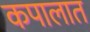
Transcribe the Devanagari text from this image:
कपालात